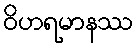
ဝိဟရမာနဿ